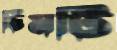
চিমটি